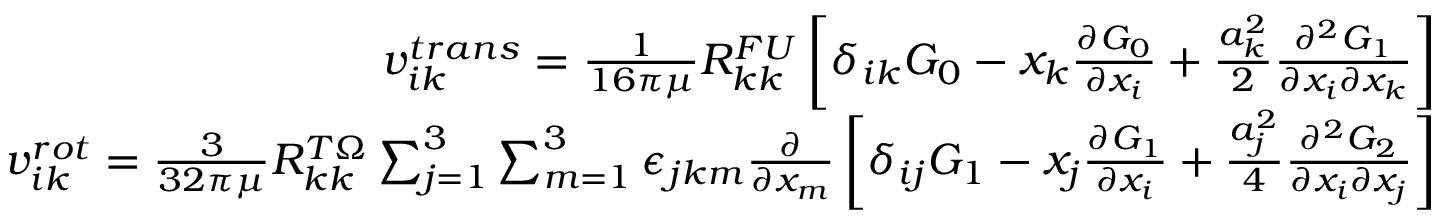
\begin{array} { r } { v _ { i k } ^ { t r a n s } = \frac { 1 } { 1 6 \pi \mu } R _ { k k } ^ { F U } \left[ \delta _ { i k } G _ { 0 } - x _ { k } \frac { \partial G _ { 0 } } { \partial x _ { i } } + \frac { a _ { k } ^ { 2 } } { 2 } \frac { \partial ^ { 2 } G _ { 1 } } { \partial x _ { i } \partial x _ { k } } \right] } \\ { v _ { i k } ^ { r o t } = \frac { 3 } { 3 2 \pi \mu } R _ { k k } ^ { T \Omega } \sum _ { j = 1 } ^ { 3 } \sum _ { m = 1 } ^ { 3 } \epsilon _ { j k m } \frac { \partial } { \partial x _ { m } } \left[ \delta _ { i j } G _ { 1 } - x _ { j } \frac { \partial G _ { 1 } } { \partial x _ { i } } + \frac { a _ { j } ^ { 2 } } { 4 } \frac { \partial ^ { 2 } G _ { 2 } } { \partial x _ { i } \partial x _ { j } } \right] } \end{array}